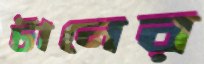
টানের